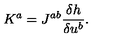
K ^ { a } = J ^ { a b } \frac { \delta h } { \delta u ^ { b } } .